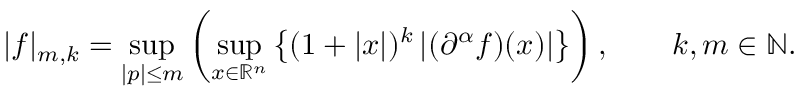
| f | _ { m , k } = \operatorname* { s u p } _ { | p | \leq m } \left( \operatorname* { s u p } _ { x \in \mathbb { R } ^ { n } } \left\{ ( 1 + | x | ) ^ { k } \left| ( \partial ^ { \alpha } f ) ( x ) \right| \right\} \right) , \qquad k , m \in \mathbb { N } .